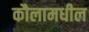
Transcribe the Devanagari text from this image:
कौलामधील